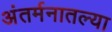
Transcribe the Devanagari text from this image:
अंतर्मनातल्या